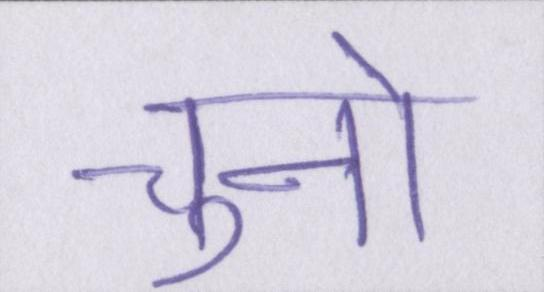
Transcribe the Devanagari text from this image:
चुनो